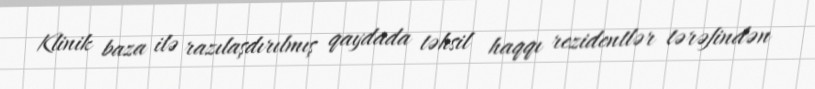
Klinik baza ilə razılaşdırılmış qaydada təhsil haqqı rezidentlər tərəfindən